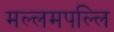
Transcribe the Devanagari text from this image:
मल्लमपल्लि